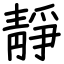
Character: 靜